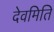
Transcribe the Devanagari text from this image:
देवमिति